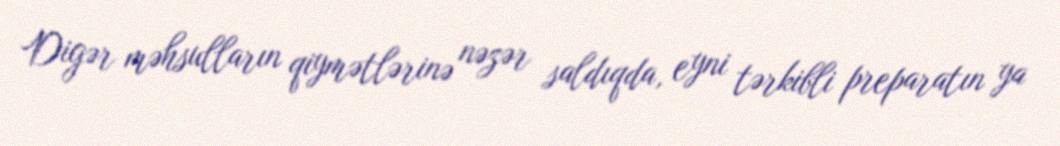
Digər məhsulların qiymətlərinə nəzər saldıqda, eyni tərkibli preparatın ya